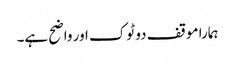
ہمارا موقف دو ٹوک اور واضح ہے۔